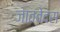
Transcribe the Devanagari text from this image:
जातवेदस